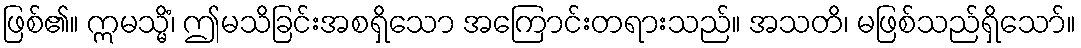
ဖြစ်၏။ ဣမသ္မိံ၊ ဤမသိခြင်းအစရှိသော အကြောင်းတရားသည်။ အသတိ၊ မဖြစ်သည်ရှိသော်။